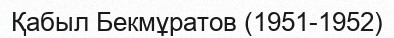
Қабыл Бекмұратов (1951-1952)